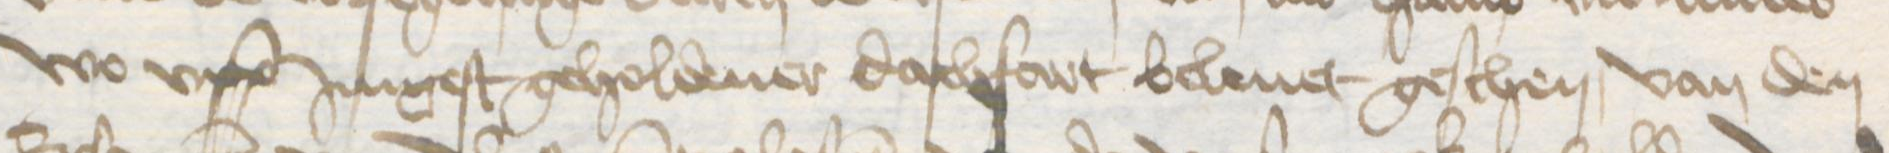
Transcription: wo vpp Jungest geholdener dachfart beleuet geschen, van den